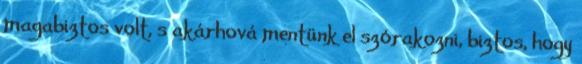
magabiztos volt, s akárhová mentünk el szórakozni, biztos, hogy